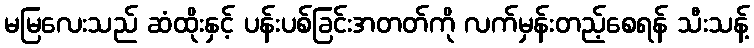
မမြလေးသည် ဆံထိုးနှင့် ပန်းပစ်ခြင်းအတတ်ကို လက်မှန်းတည့်စေရန် သီးသန့်